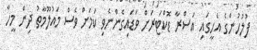
ފުލުހުންގެ އެހީގައި އަސްރާ ޑޮކްޓަރަށް ވަޑައިގެންނެވި ކަމަށް ވެސް މައުލޫމާތު ދިން މީހާ